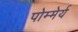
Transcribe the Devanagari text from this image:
पोम्मेर्य